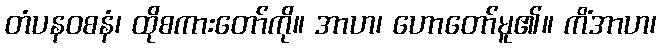
တံပနဝစနံ၊ ထိုစကားတော်ကို။ အာဟ၊ ဟောတော်မူ၏။ ကိံအာဟ၊